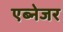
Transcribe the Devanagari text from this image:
एब्नेजर